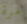
مرة